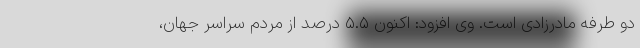
دو طرفه مادرزادی است. وی افزود: اکنون ۵.۵ درصد از مردم سراسر جهان،